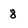
Character: 8